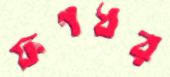
ফণধর